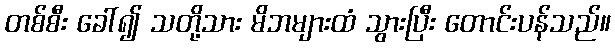
တစ်စီး ခေါ်၍ သတို့သား မိဘများထံ သွားပြီး တောင်းပန်သည်။